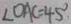
\angle O A C = 4 5 ^ { \circ }